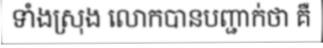
ទាំងស្រុង លោកបានបញ្ជាក់ថា គឺ